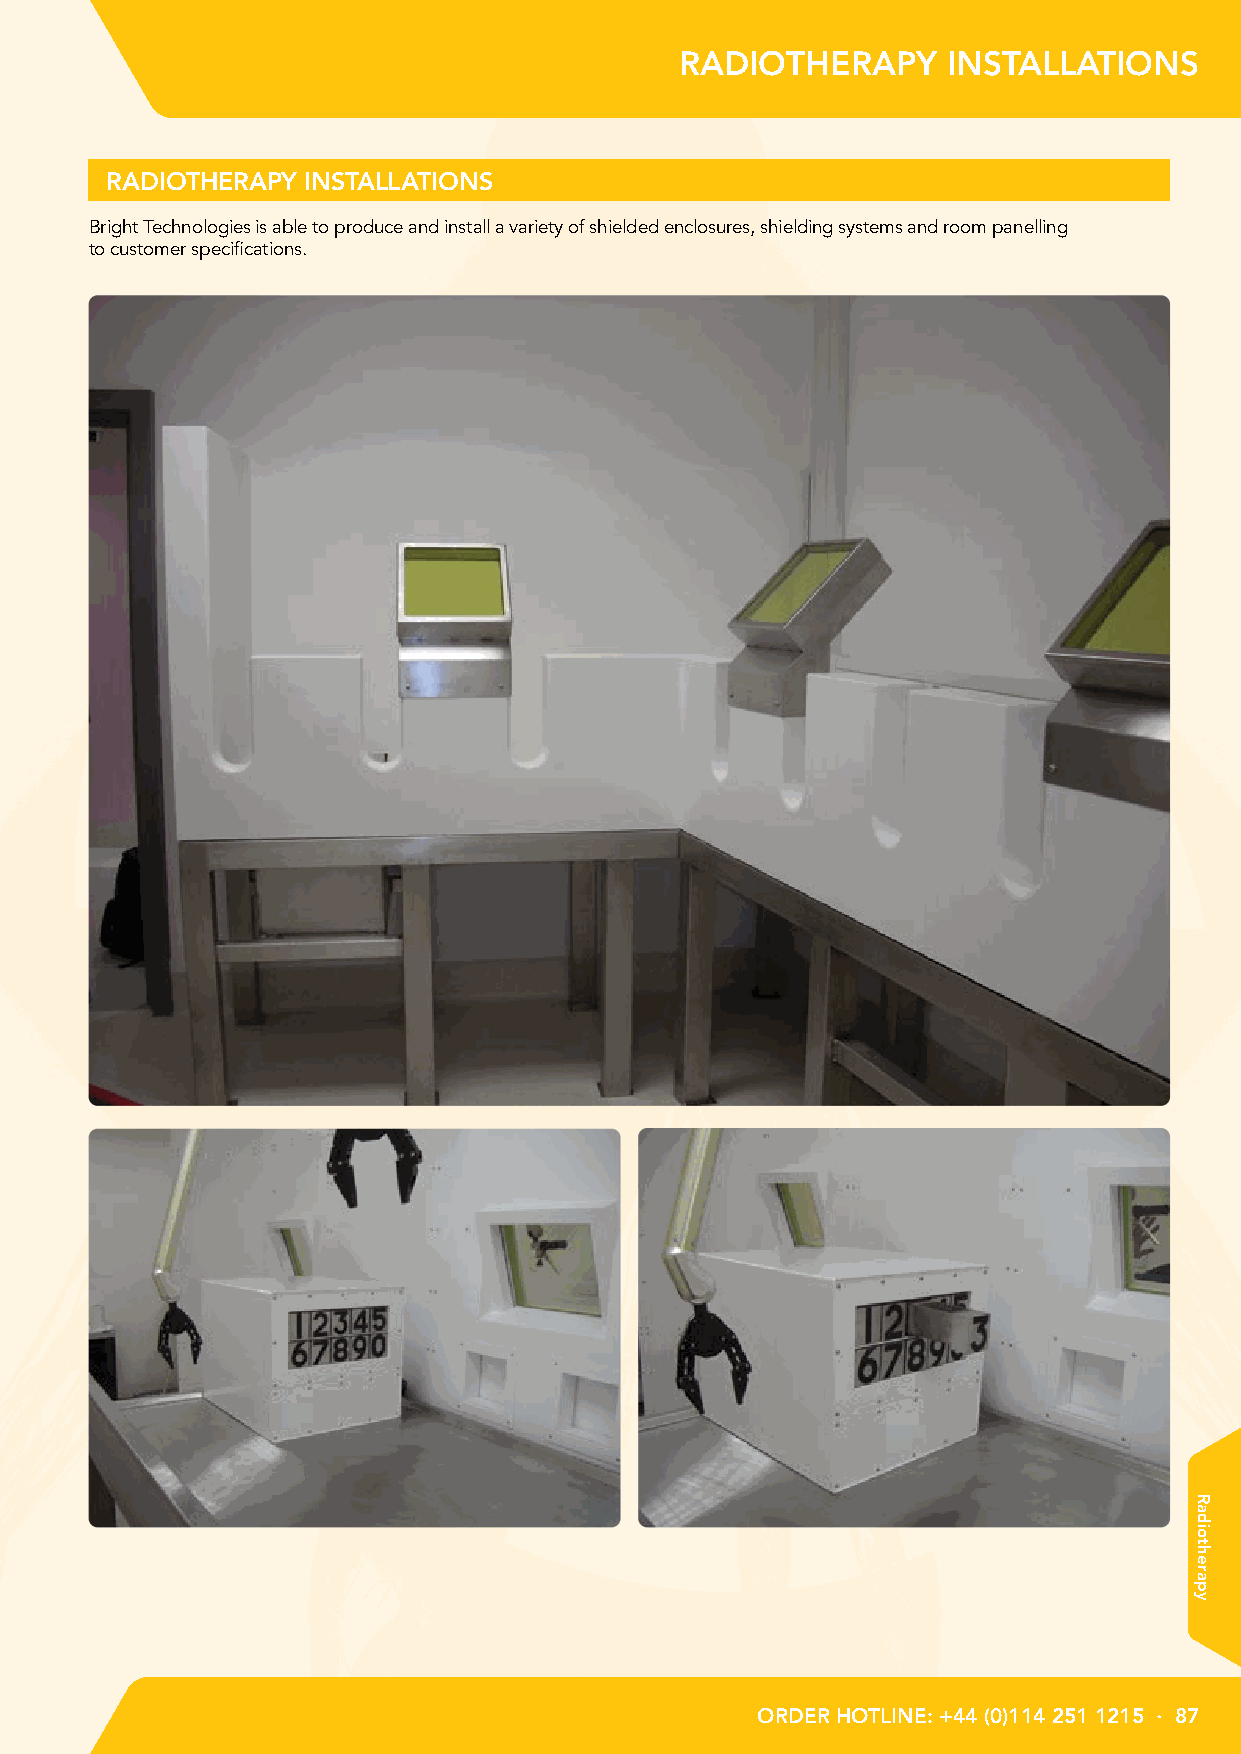
RADIOTHERAPY      INSTALLATIONS
 RADIOTHERAPY INSTALLATIONS
 Bright Technologies is able to produce and install a variety of shielded enclosures, shielding systems and room panelling
 to customer specifications.
 ORDER HOTLINE: +44 (0)114 251 1215 · 87
 Radiotherapy